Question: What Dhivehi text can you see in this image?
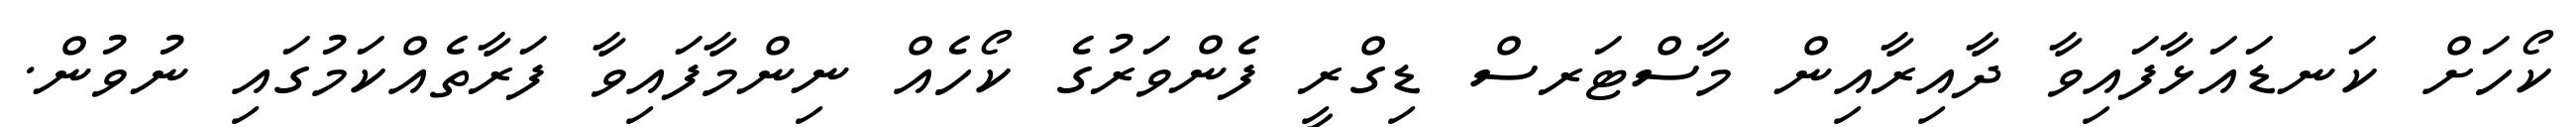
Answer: ކޯހަށް ކަނޑައަޅާފައިވާ ދާއިރާއިން މާސްޓަރސް ޑިގްރީ ފެންވަރުގެ ކޯހެއް ނިންމާފައިވާ ފަރާތެއްކަމުގައި ނުވުން.